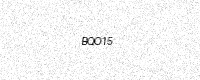
Text: BQO15